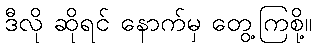
ဒီလို ဆိုရင် နောက်မှ တွေ့ကြစို့။